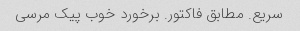
سریع. مطابق فاکتور. برخورد خوب پیک مرسی